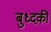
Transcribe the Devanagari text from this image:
बुध्दकी